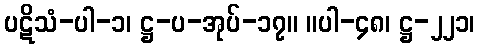
ပဋိသံ-ပါ-၁၊ ဋ္ဌ-ပ-အုပ်-၁၇။ ။ပါ-၄၈၊ ဋ္ဌ-၂၂၁၊